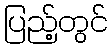
ပြည့်တွင်